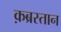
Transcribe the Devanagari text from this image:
क़ब्रस्तान